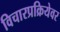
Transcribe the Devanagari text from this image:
विचारप्रक्रियेवर